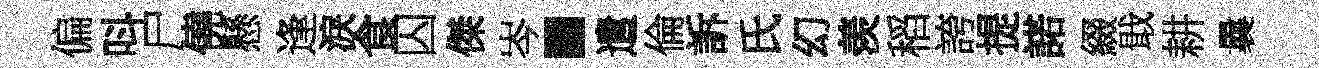
偏呌尸僥懸逢淚食囚傑岑·遣倫訴氏幻羡稻誇提諾綴戢耕曩